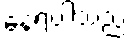
နေရပါသည်